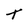
Character: T